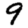
Digit: 9